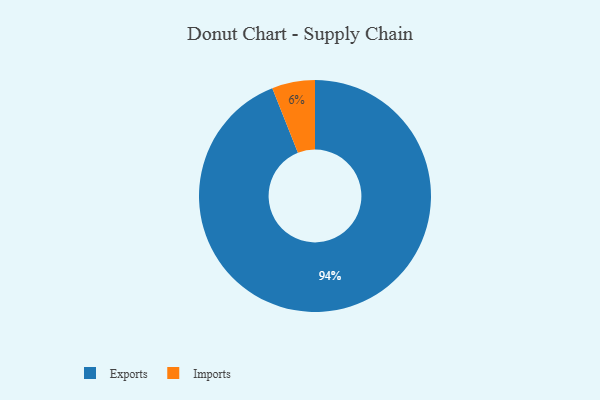
{"axis": {"x": "Category", "y": "Percentage"}, "legend": ["Exports", "Imports"], "data": [{"x": "Imports", "y": 6, "type": "Imports"}, {"x": "Exports", "y": 94, "type": "Exports"}]}